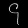
Digit: ၄